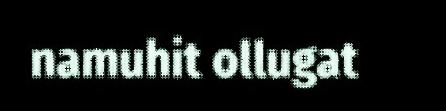
namuhit ollugat